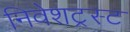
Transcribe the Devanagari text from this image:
निवेशट्रस्ट